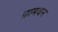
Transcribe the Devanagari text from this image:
ग्रामधन